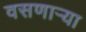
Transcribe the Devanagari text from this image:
वसणार्‍या